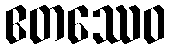
ဧတဿေဝ